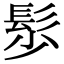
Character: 䯯